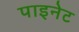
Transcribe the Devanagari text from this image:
पाइनेट